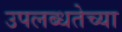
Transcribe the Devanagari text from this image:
उपलब्धतेच्या